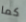
كما